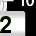
Digit: 2